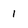
Character: 1